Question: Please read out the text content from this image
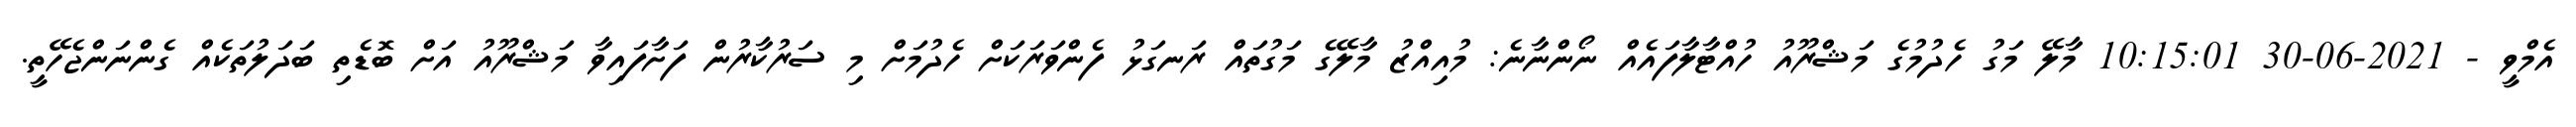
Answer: އެމްވީ - 2021-06-30 10:15:01 މާލޭ މަގު ހެދުމުގެ މަޝްރޫއު ހުއްޓާލާފައެއް ނޯންނާނެ: މުއިއްޒު މާލޭގެ މަގުތައް ރަނގަޅު ފެންވަރަކަށް ހެދުމަށް މި ސަރުކާރުން ފަށާފައިވާ މަޝްރޫއު އަށް ބޮޑެތި ބަދަލުތަކެއް ގެންނަންޖެހޭތީ.